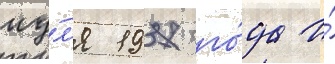
иу́л'я 1937 го́да и́